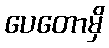
ပေတောမှိ